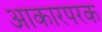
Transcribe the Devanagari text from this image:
आकारपरक